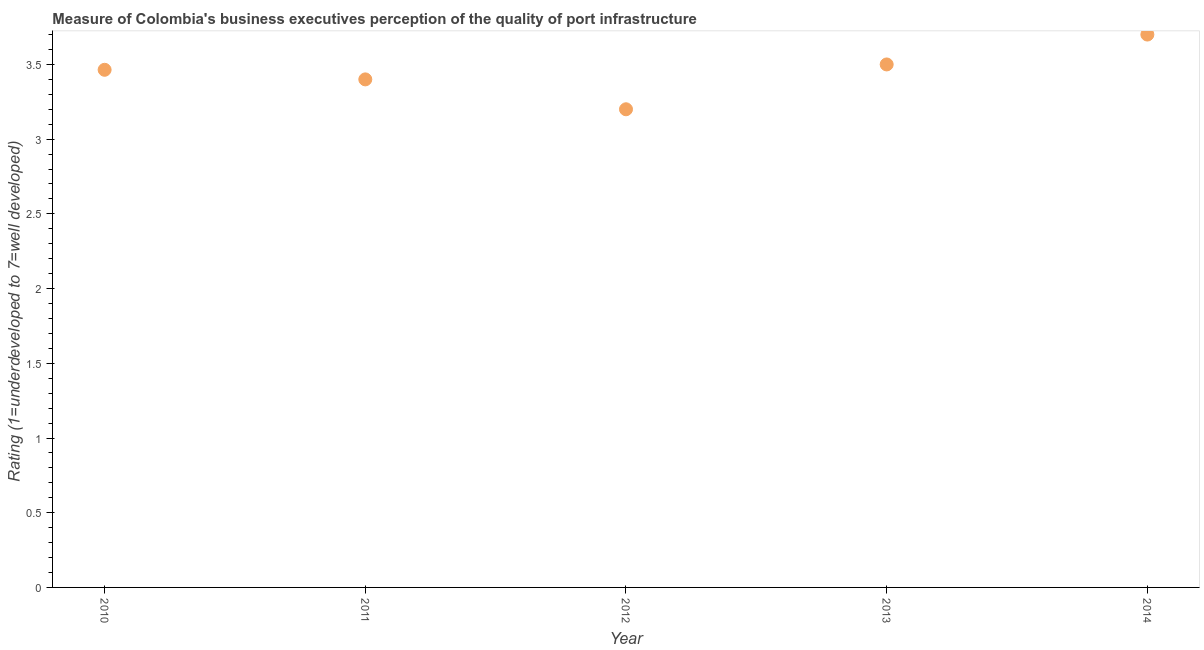
| Year | Quality of port infrastructure |
 | --- | --- |
 | 2010 | 3.46 |
 | 2011 | 3.4 |
 | 2012 | 3.2 |
 | 2013 | 3.5 |
 | 2014 | 3.7 |